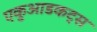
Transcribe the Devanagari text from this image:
एकुआडकट्स